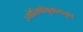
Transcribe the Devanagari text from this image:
ज्योतिषीबुवांकडून